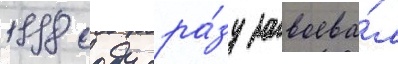
1998 году сра́зу завоева́л